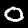
Digit: 0